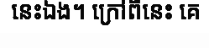
នេះឯង។ ក្រៅពីនេះ គេ